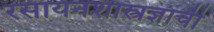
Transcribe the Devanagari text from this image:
रसायनशास्त्रज्ञाची